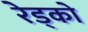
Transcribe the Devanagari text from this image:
रेड्को